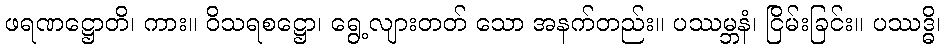
ဖရဏဋ္ဌောတိ၊ ကား။ ဝိသရစဋ္ဌော၊ ရွေ့လျားတတ် သော အနက်တည်း။ ပဿမ္ဘနံ၊ ငြိမ်းခြင်း။ ပဿဒ္ဓိ၊